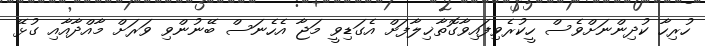
ހުރިހާ ކުދިންނަށްވެސް ހީކުރެވިފައިވާގޮތާޚިލާފަށް އެގަޑިވީ މަޖާ އެހެނަސް ބޭނުންވި ވަރަށް މާއްދާއާއި ގުޅޭ